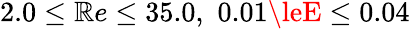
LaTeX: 2.0\le\mathbb{R}e\le35.0,\, \, 0.01\leE\le0.04